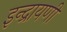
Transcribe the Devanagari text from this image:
इन्द्रायणी